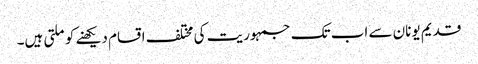
قدیم یونان سے اب تک جمہوریت کی مختلف اقسام دیکھنے کو ملتی ہیں۔